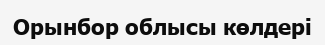
Орынбор облысы көлдері